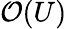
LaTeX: \mathcal{O}(U)